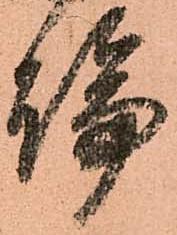
論